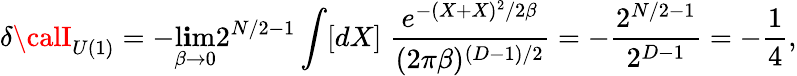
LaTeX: \delta{\calI}_{U(1)}=-\operatorname*{l\mathbf{i}m}_{\beta\rightarrow0}2^{N/2-1}\int[dX]\; \frac{{e^{-(X+X)^{2}/2\beta}}}{{(2\pi\beta)^{(D-1)/2}}}=-\frac{{2^{N/2-1}}}{{2^{D-1}}}=-\frac{{1}}{{4}},